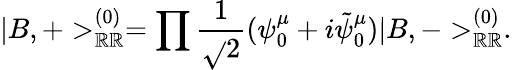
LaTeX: |B,+>_{\mathbb{R}\mathbb{R}}^{(0)}=\prod\frac{{1}}{{\sqrt{}{{2}}}}(\psi_{0}^{\mu}+i\tilde{{\psi}}_{0}^{\mu})|B,->_{\mathbb{R}\mathbb{R}}^{(0)}.